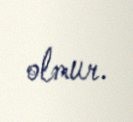
olmur.